Annual report of the Bengal Veterinary College and of the Civil Veterinary Department, Bengal, for the year 1914-1915 - 1914-1915
Year: 1914
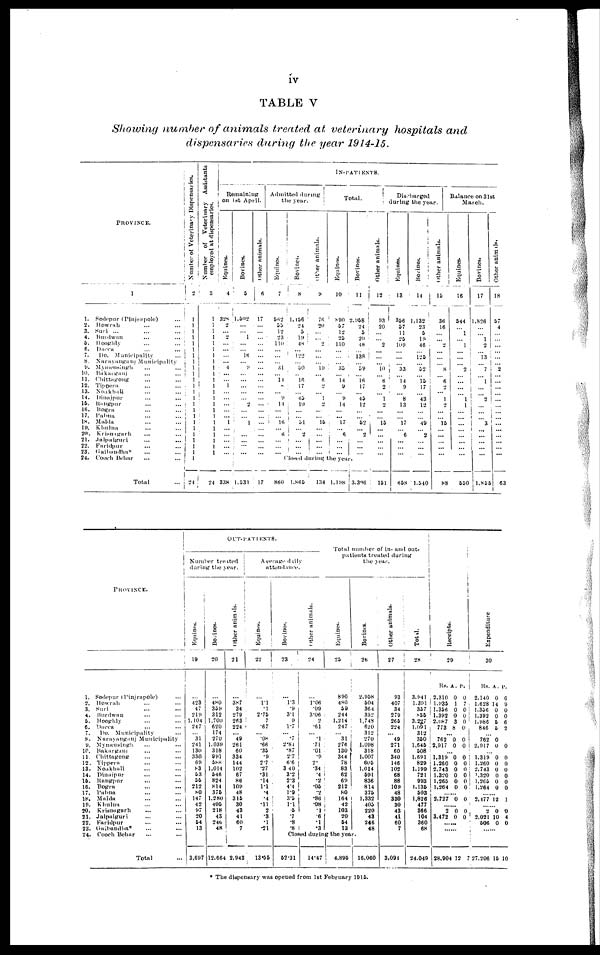
IV
TABLE V
Showing number of animals treated at veterinary hospitals and
dispensaries during the year 1914-15.
PROVINCE.
1.
2.
3.
4.
0.
6.
7.
8.
9.
10.
11.
12.
13.
14.
lb.
16.
17.
18.
19.
2(1.
21.
22.
23.
24.
1
Sodepur (Pinjrapole) ...
Howrah ... ...
Suri ... ... ...
Burdwan ... ...
Hooghly ... ...
Dacca ... ...
Do. Municipality ...
Narayanganj Municipality
Mymensingh ... ...
Bakarganj ... ...
Chittagong ... ...
Tippera ... ...
Noakhali ... ...
Dinajpur ... ...
Rangpur ... ...
Bogra ... ...
Pabna ... ...
Malda ... ...
Khulna ... ...
Krisnagarh ... ...
Jalpaiguri ... ...
Faridpur ... ...
Gajbandha* ... ...
Cooch Behar ... ...
Total
Number of Veterinary Dispensaries.
2
1
1 1
1 1
1
1
1
1
1 1
1
1
1 1
1
1
1
1
1
1
1
1
1
24
Number of Veterinary Assistants
employed at dispensaries.
3
1
1
1
1
1
1
1
1
1
1
1
1
1
1
1
1
1
1
1
1
1
1
24
Remaining
on 1st April.
Equines.
4
328
2
... 2
...
...
...
... 4
...
... 1
...
...
...
...
... 1
...
...
...
...
338
Bovines.
5
1,502
...
... 1
...
... 16
... 9
... ...
...
... ... 2
...
... 1
... ...
...
...
1,531
Other animals.
6
17
...
...
...
...
...
...
...
...
...
...
...
...
...
...
...
...
...
...
...
...
...
17
Admitted during
the year.
Equines.
7
562
55
12
23
110
...
...
... 34
... 14
8
... 9
14
...
... 16
... 6
...
...
Bovines.
8
1,156
24
5
19
48
... 122
... 50
... 16
17
... 15
10
... ... 51
...
2
...
...
...
other animals.
9
76
20
...
... 2
...
...
... 10
... 6
2
... 1
2
...
... 15
...
...
...
..
...
IN-PATIENTS.
Total.
Equines.
10
890
57
12
25
110
...
...
... 35
... 14
9
... 9
14
...
... 17
... 6
| ...
... ...
Bovines.
11
2,958
24
5
20
48
... 138
... 59
... 16
17
... 45
12
...
... 52
... 2
... ...
...
Closed during the year.
860
1,865
134 1,198
3,396
Other animals.
12
93
20
...
... 9
...
...
... 10
... 6
2
... 1
2
...
... 15
...
...
...
...
...
151
Discharged
during the year.
Equines.
13
356
57
11
25
109
...
...
... 33
... 14
9
... 8
13
...
... 17
... 6
...
...
...
658
Bovines.
14
1,132
23
5
19
46
... 125
... 52
... 15
17
... 43
12
...
... 49
... 2
...
...
...
1,540
other animals.
15
36
16
...
... 2
...
...
... 8
... 6
2
... 1
2
...
... 15
...
...
...
...
...
88
Balance on 31st
March.
Equines.
16
544
... 1
... 1
...
...
... 2
...
...
...
... 1
1
...
...
...
...
...
... ...
...
550
Bovines.
17
1,826
...
... 1
9
... 13
... 7
...
1
...
... 2
...
... ...
3
... ...
...
...
...
1,855
Other
animals.
18
57
4
...
...
...
...
...
... 2
...
...
...
...
...
...
...
... ...
...
...
...
...
...
63
PROVINCE.
1. Sodepur (Pinjrapole) ...
2. Howrah ... ...
3. Suri ... ...
4. Burdwan ... ...
6. Hooghly ... ...
6. Dacca ... ...
7.
Do. Municipality ...
8. Narayanganj Municipality
9. Mymensingh ... ...
10. Bakurganj ... ...
11. Chittagong ... ...
12. Tippera ... ...
13. Noakhali ... ...
14. Dinajpur ... ...
15. Rangpur ... ...
16. Bogra ... ...
17. Pabna ... ...
18. Malda ... ...
19. Khulna ... ...
20. Krisnagarh ... ...
21. Jalpaiguri ... ...
22. Faridpur ... ...
23. Gaibandha* ... ...
24. Cooch Behar ... ...
Total
OUT-PATIENTS.
Number treated
during the year.
Equines.
19
...
423
47
219
1,104
247
... 31
241
130
330
69
83
63
55
212
80
147
42
97
20
54
13
3,697
Bovines.
20
...
480
359
312
1,700
620
174
270
1,039
318
991
588
1,014
546
824
814
376
1,280
405
218
43
24b
48
12,664
Other animals.
21
...
387
34
279
263
224
... "49
261
60
334
144
102
67
86
109
48
316
30
43
41
60
7
2,943
Average daily
attendance.
Equines.
22
...
111
.1
2.76
7
.67
... .08
.66
.35
.9
27
.27
.31
.14
1.1
.4
.4
.11
2
.3
.1
.21
13.56
Bovines.
23
...
1.3
.9
3.1
9
1.7
... .7
2.84
.87
27
6.6
3 40
3.2
2.3
4.4
1.9
3' &
1.1
.5
7
.8
.8
Other animals.
24
...
1.06
.09
3.06
2
.61
... .1
.71
.01
.9
2*
.34
*4
.2
.05
.2
.86
.08
1
.6
.1
.3
Total number of in- and out-
patients treated during
the year.
Equines.
25
890
480
59
244
1,214
247
... 31
276
130
344
78
83
62
69
212
80
164
42
103
20
64
13
Bo vines.
26
2,958
504
364
332
1,748
620
312
270
1,098
318
1,007
605
1,014
591
836
814
375
1,332
405
220
43
246
48
Closed during the year.
52.31
14.47
4,895
16,060
Other animals.
27
93
407
34
279
265
224
... 49
271
60
340
146
102
68
88
109
48
330
30
43
41
60
7
3,091
Total.
28
3,941
1,391
357
S56
3,227
1,091
312
350
1,645
508
1,691
829
1,199
721
993
1,135
503
1,826
477
366
104
360
68
24,049
Receipts.
29
Rs. A. P.
2,310 0 0
1,935 1 7
1,356 0 0
1,392 0 0
2,087 3 0
773 8 0
... 762 0 0
2,917 0 0
...
1,319 0 0
1,260 0 0
2,743 0 0
1,320 0 0
1,265 0 0
1,264 0 0
...... 2,727 0 0
...... 2 0 0
3,472 0 0
......
......
28,904 12 7
Expenditure
30
Rs. A. P.
2,140 0 0
1.628 14 9
1,356 0 0
1,392 0 0
1,986 5 6
846 5 2
... 762 0
2,917 0 0
... 1,319 0 0
1,260 0 0
2,743 0 0
1,320 0 0
1,265 0 0
1,264 0 0
...... 2,477 12 1
...... 2 0 0
2,021 10 4
606 0 0
......
27,206 15 10
* The dispensary was opened from 1st February 1916.